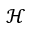
\mathcal { H }